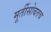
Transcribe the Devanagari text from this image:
मूर्तीसोबतच